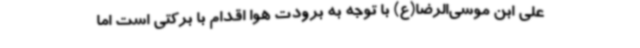
علی ابن موسی‌الرضا(ع) با توجه به برودت هوا اقدام با برکتی است اما